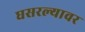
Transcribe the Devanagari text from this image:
घसरल्यावर